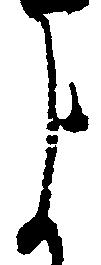
よ